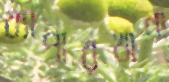
ব্যাপারখানা